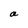
Character: a